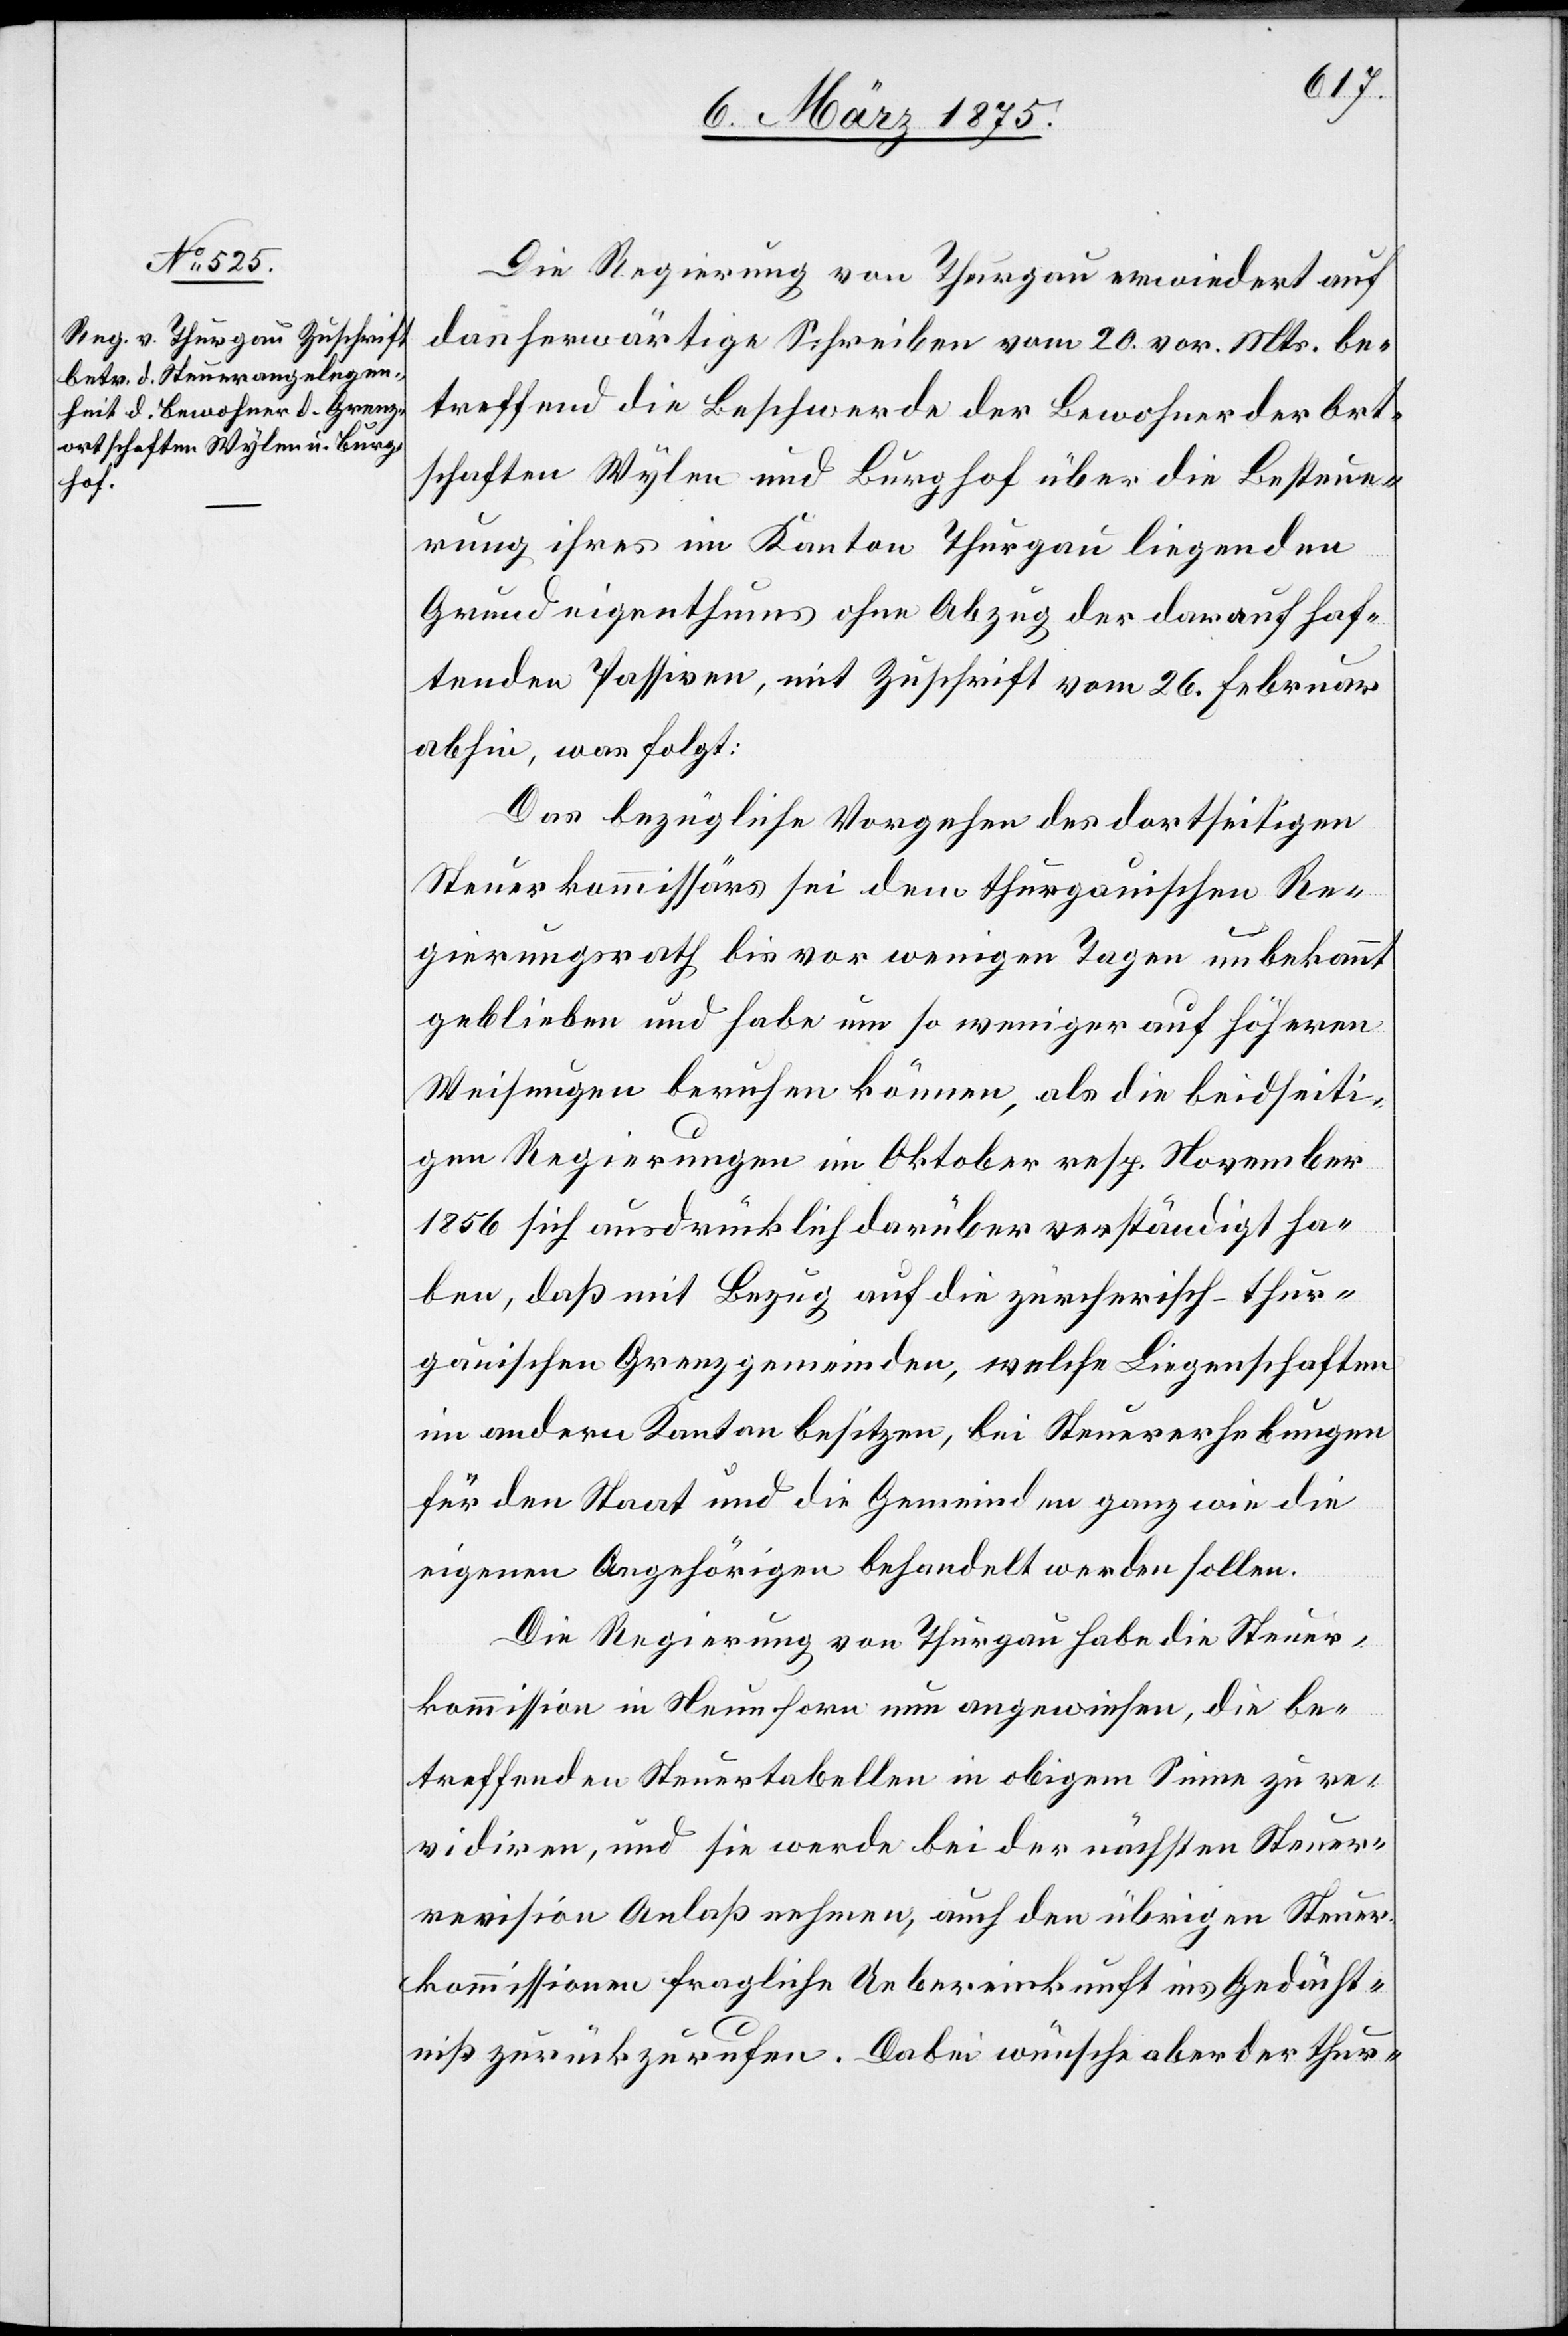
Die Regierung von Thurgau erwiedert auf
das herwärtige Schreiben vom 20. vor. Mts. be¬
treffend die Beschwerde der Bewohner der Ort¬
schaften Wylen und Burghof über die Besteue¬
rung ihres im Kanton Thurgau liegenden
Grundeigenthums ohne Abzug der darauf haf¬
tenden Passiven, mit Zuschrift vom 26. Februar
abhin, was folgt:
Das bezügliche Vorgehen des dortseitigen
Steuerkommissärs sei dem thurgauischen Re¬
gierungsrath bis vor wenigen Tagen unbekannt
geblieben und habe um so weniger auf höheren
Weisungen beruhen können, als die beidseiti¬
gen Regierungen im Oktober resp. November
1856 sich ausdrücklich darüber verständigt ha¬
ben, daß mit Bezug auf die zürcherisch-thur¬
gauischen Grenzgemeinden, welche Liegenschaften
im andern Kanton besitzen, bei Steuererhebungen
für den Staat und die Gemeinden ganz wie die
eigenen Angehörigen behandelt werden sollen.
Die Regierung von Thurgau habe die Steuer¬
kommission in Neunforn nun angewiesen, die be¬
treffenden Steuertabellen in obigem Sinne zu re¬
vidiren, und sie werde bei der nächsten Steuer¬
revision Anlaß nehmen, auch den übrigen Steuer¬
kommissionen fragliche Uebereinkunft ins Gedächt¬
niß zurückzurufen. Dabei wünsche aber der thur-